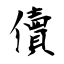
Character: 儥